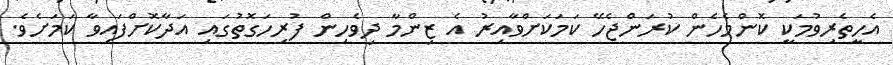
އެހީތެރިވުމަކީ ކޮންމެހެން ކުރަންޖެހޭ ކަމަކަށްވާއިރު އެ ޒިންމާ ދިވެހިން ފުރިހަގޮތުގައި އަދާކޮށްފައިވާ ކަމަށެވެ.